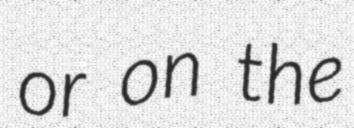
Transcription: or on the